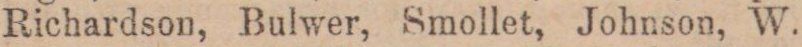
Richardson, Bulwer, Smollet, Johnson, W.